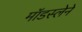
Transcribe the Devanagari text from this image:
मॉडस्लेने